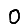
Digit: 0